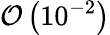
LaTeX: \mathcal{O}\left(10^{-2}\right)